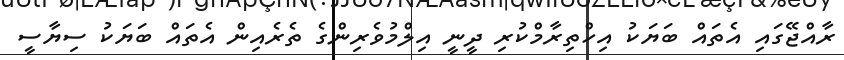
ރާއްޖޭގައި އެތައް ބަޔަކު އިހްތިރާމްކުރި ދީނީ އިލްމުވެރިންގެ ތެރެއިން އެތައް ބަޔަކު ސިޔާސީ